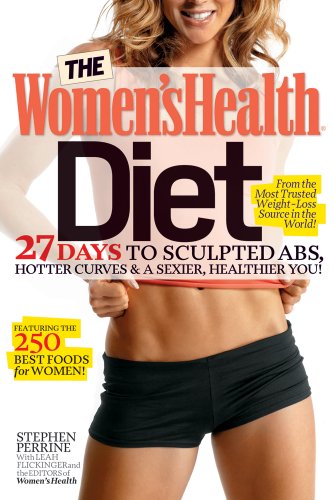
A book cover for The Women's Health Diet: 27 Days to Sculpted Abs, Hotter Curves & a Sexier, Healthier You!; Stephen Perrine; Health, Fitness & Dieting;